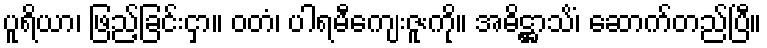
ပူရိယာ၊ ဖြည့်ခြင်းငှာ။ ဝတံ၊ ပါရမီကျေးဇူးကို။ အဓိဋ္ဌာသိံ၊ ဆောက်တည်ပြီ။